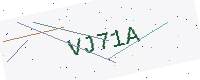
Text: VJ71A